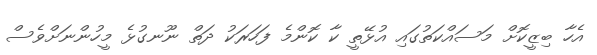
އެހާ ބިޒީކޮށް މަސައްކަތުގައި އުޅޭތީ ކާ ކޮންމެ ފަހަރަކު ދަތް ނޫނގުޅެ މީހުންނަށްވެސް